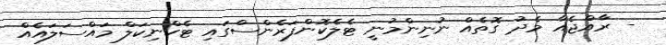
- ރާއްޖެއާ މެދު ގޮތެއް ނުނިންމުނީ ޓެލެކޮންފަރެންސްގައި ޓެކްނިކަލް މައްސަލައެއް